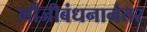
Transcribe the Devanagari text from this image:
मौंजीबंधनानंतर